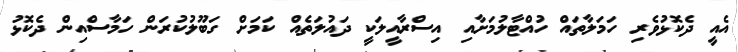
އެއީ ދެކޮޅުވެރި ހަމަލާތައް ހުއްޓާލުމަށާއި އިސްރާއީލަކީ ދައުލަތެއް ކަމަށް ގަބޫލުކުރަން ހަމާސްއިން ދެކޮޅު